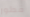
فطور